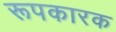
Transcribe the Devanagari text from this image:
रूपकारक